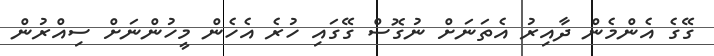
ގޭގެ އެންމެން ދާއިރު އެތަނަށް ނުގޮސް ގޭގައި ހުރެ އެހެން މީހުންނަށް ސިއްރުން